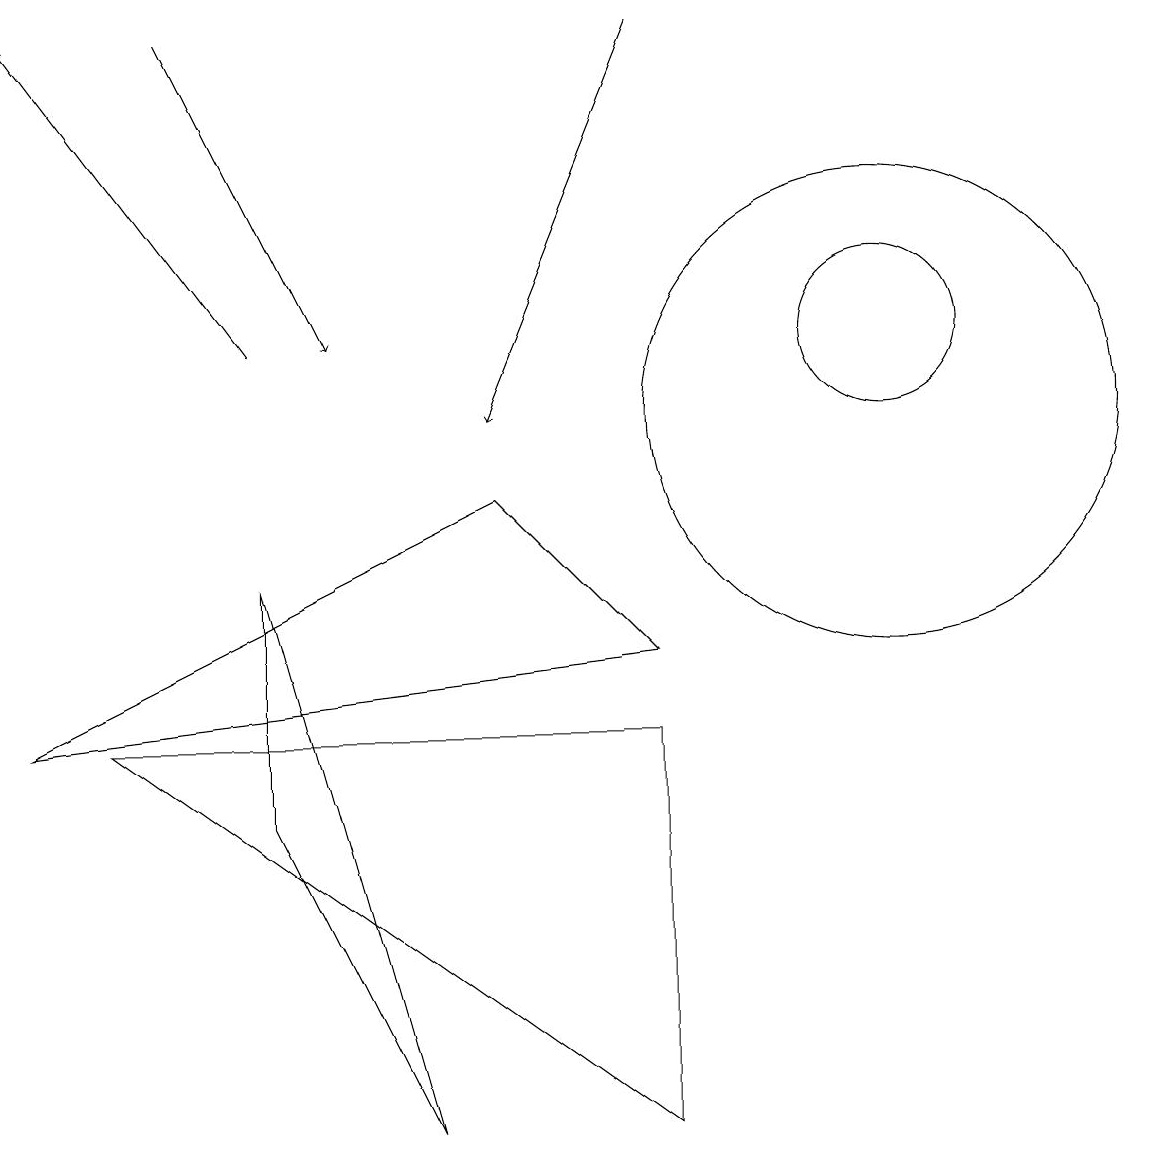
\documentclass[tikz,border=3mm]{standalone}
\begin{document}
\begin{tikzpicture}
\draw[->] (2,15) -- (4,11);
\draw (8,1) -- (1,6) -- (8,6) -- cycle;
\draw (6,9) -- (8,7) -- (0,6) -- cycle;
\draw (11,11) circle (1);
\draw (11,10) circle (3);
\draw[->] (3,11) -- (0,15);
\draw[->] (8,15) -- (6,10);
\draw (3,8) -- (3,5) -- (5,1) -- cycle;
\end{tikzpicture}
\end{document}